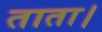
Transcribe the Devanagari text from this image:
ताता।